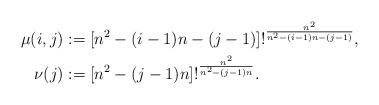
LaTeX: \begin{align*} \mu(i,j) &:= [n^2-(i-1)n-(j-1)]!^{\frac{n^2}{n^2-(i-1)n-(j-1)}}, \\ \nu(j) &:= [n^2-(j-1)n]!^{\frac{n^2}{n^2-(j-1)n}}. \end{align*}